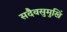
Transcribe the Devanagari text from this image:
सदैवसुमुखिं